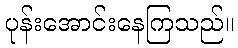
ပုန်းအောင်းနေကြသည်။